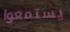
يستمعوا